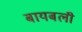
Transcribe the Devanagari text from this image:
बायबली